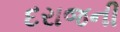
દરાજની